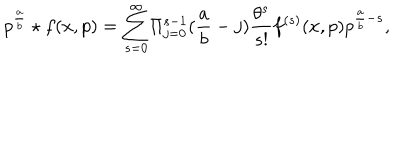
{ p ^ { \frac { a } { b } } \star f ( x , p ) } = { \sum _ { s = 0 } ^ { \infty } } { \Pi _ { j = 0 } ^ { s - 1 } } ( { \frac { a } { b } } - j ) { \frac { \theta ^ { s } } { s ! } } f ^ { ( s ) } ( x , p ) p ^ { \frac { a } { b } - s } ,